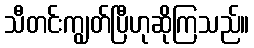
သီတင်းကျွတ်ပြီဟုဆိုကြသည်။